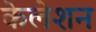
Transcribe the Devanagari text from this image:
केलेशन